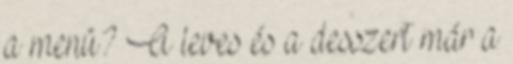
a menü? A leves és a desszert már a